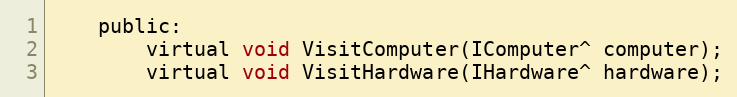
Language: C
    public:
        virtual void VisitComputer(IComputer^ computer);
        virtual void VisitHardware(IHardware^ hardware);